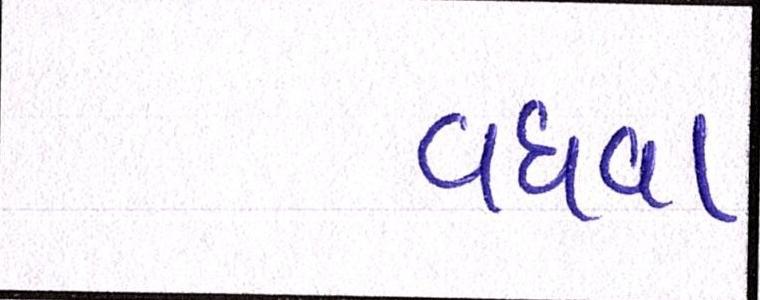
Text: વધવા